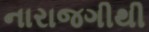
નારાજગીથી